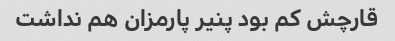
قارچش کم بود پنیر پارمزان هم نداشت